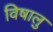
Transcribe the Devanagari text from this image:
विषालु